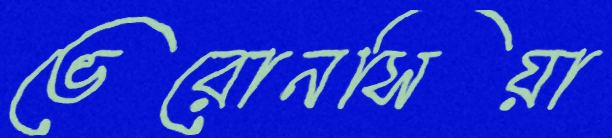
ভেরোনসিয়া